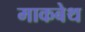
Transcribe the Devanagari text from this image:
माकबेथ